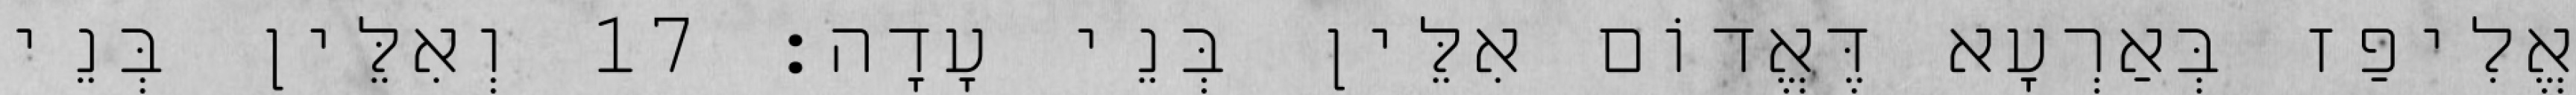
אֱלִיפַז בְּאַרְעָא דֶּאֱדוֹם אִלֵּין בְּנֵי עָדָה׃ 17 וְאִלֵּין בְּנֵי